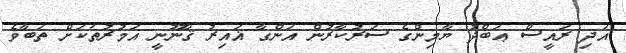
އަދި ރައީސް ޢަބްދު ޔާމިންގެ ސަރުކާރުން އަންގާ ޣައިރު ޤާނޫނީ އަމުރުތަކަށް ތަބާވެ